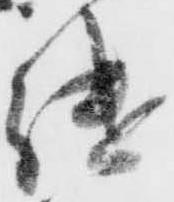
継